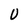
Character: U